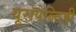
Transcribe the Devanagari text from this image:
यूरोपेल्टिडी